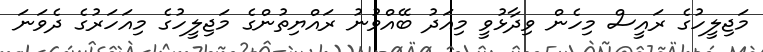
މަޖިލީހުގެ ރައީސް މިހެން ވިދާޅުވީ މިއަދު ބޭއްވުނު ރައްޔިތުންގެ މަޖިލީހުގެ މިއަހަރުގެ ދެވަނަ